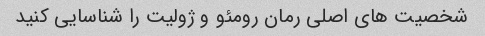
شخصیت های اصلی رمان رومئو و ژولیت را شناسایی کنید